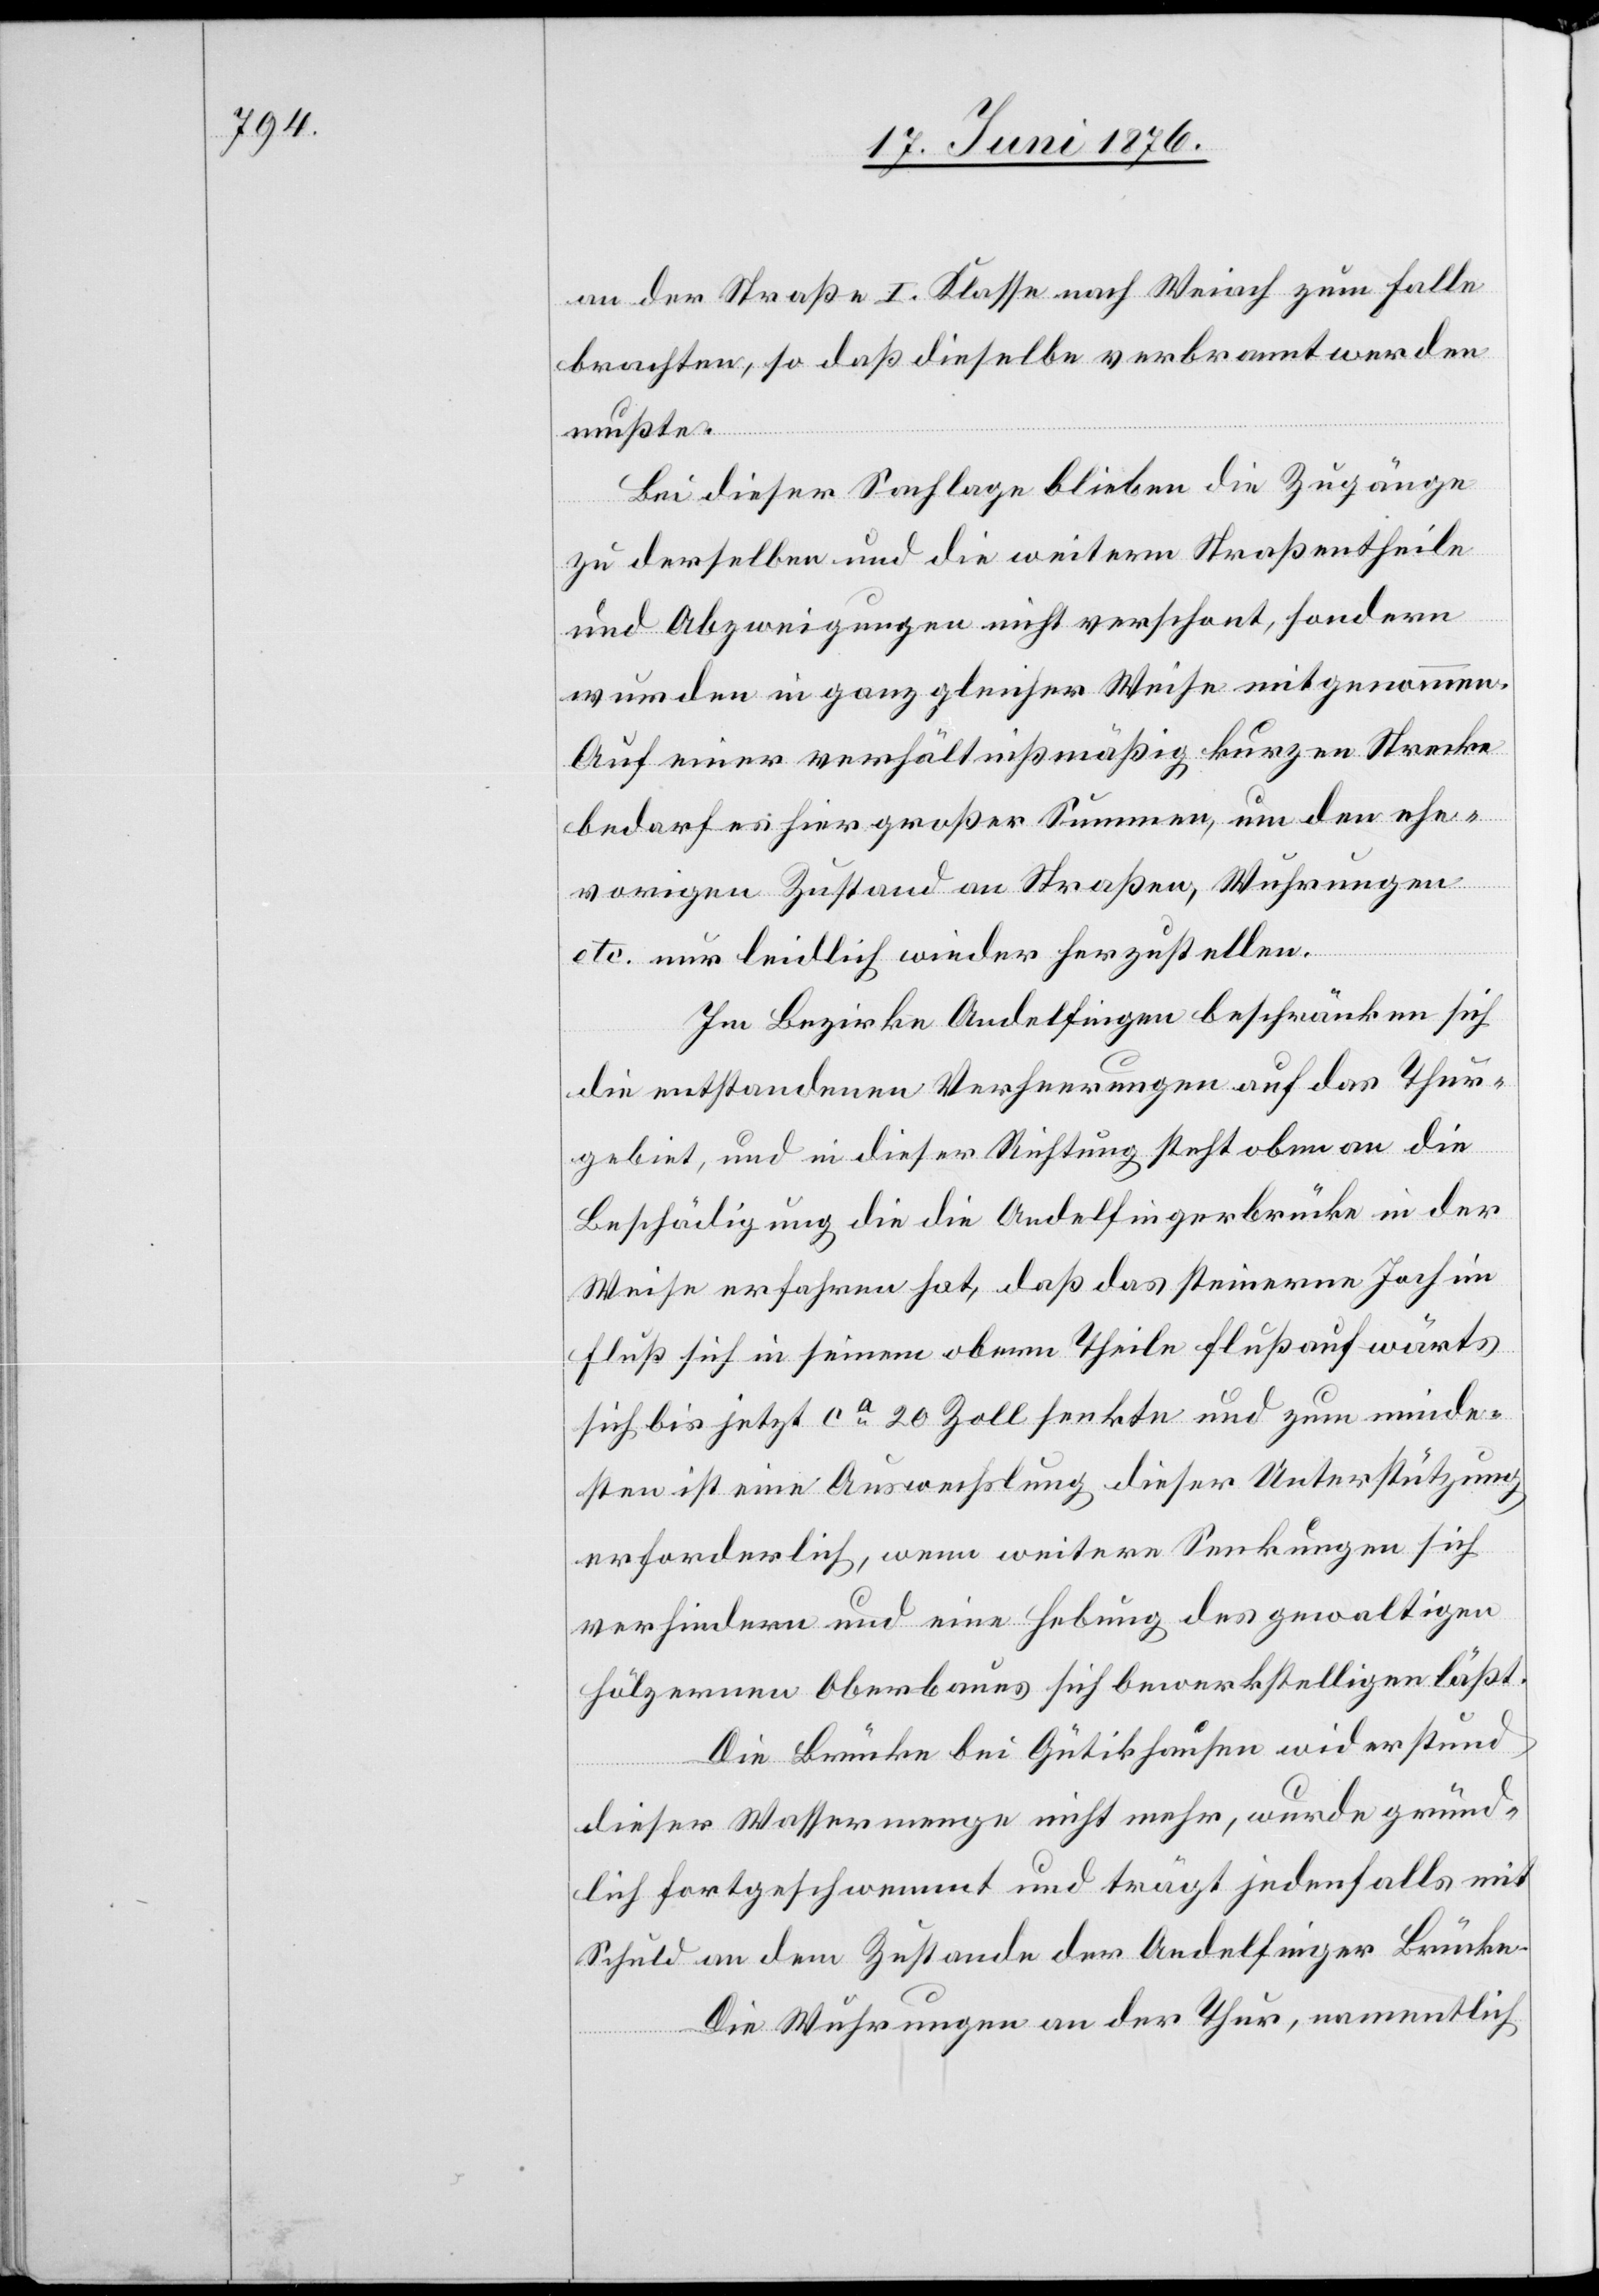
an der Straße I. Klasse nach Weiach zum Falle
brachten, so daß dieselbe verbrannt werden
mußte.
Bei dieser Sachlage blieben die Zugänge
zu derselben und die weitern Straßentheile
und Abzweigungen nicht verschont, sondern
wurden in ganz gleicher Weise mitgenommen.
Auf einer verhältnißmäßig kurzen Strecke
bedarf es hier großer Summen, um den ehe¬
vorigen Zustand an Straßen, Wuhrungen
etc. nur leidlich wieder herzustellen.
Im Bezirke Andelfingen beschränken sich
die entstandenen Verheerungen auf das Thur¬
gebiet, und in dieser Richtung steht oben an die
Beschädigung die die Andelfingerbrücke in der
Weise erfahren hat, daß das steinerne Joch im
Fluß sich in seinem obern Theile flußaufwärts
[sic!] bis jetzt ca 20 Zoll senkte und zum minde¬
sten ist eine Auswechslung dieser Unterstützung
erforderlich, wenn weitere Senkungen sich
verhindern und eine Hebung des gewaltigen
hölzernen Oberbaues sich bewerkstelligen läßt.
Die Brücke bei Gütikhausen widerstand
dieser Wassermenge nicht mehr, wurde gründ¬
lich fortgeschwemmt und trägt jedenfalls mit
Schuld an dem Zustande der Andelfinger Brücke.
Die Wuhrungen an der Thur, namentlich